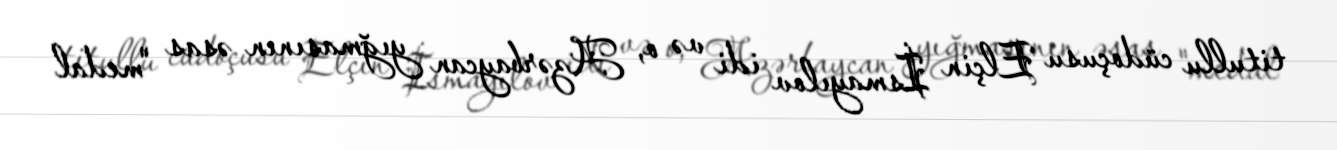
titullu cüdoçusu Elçin İsmayılov idi və o, Azərbaycan yığmasının əsas "medal